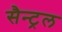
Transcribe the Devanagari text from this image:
सैन्ट्रल